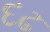
દઢ